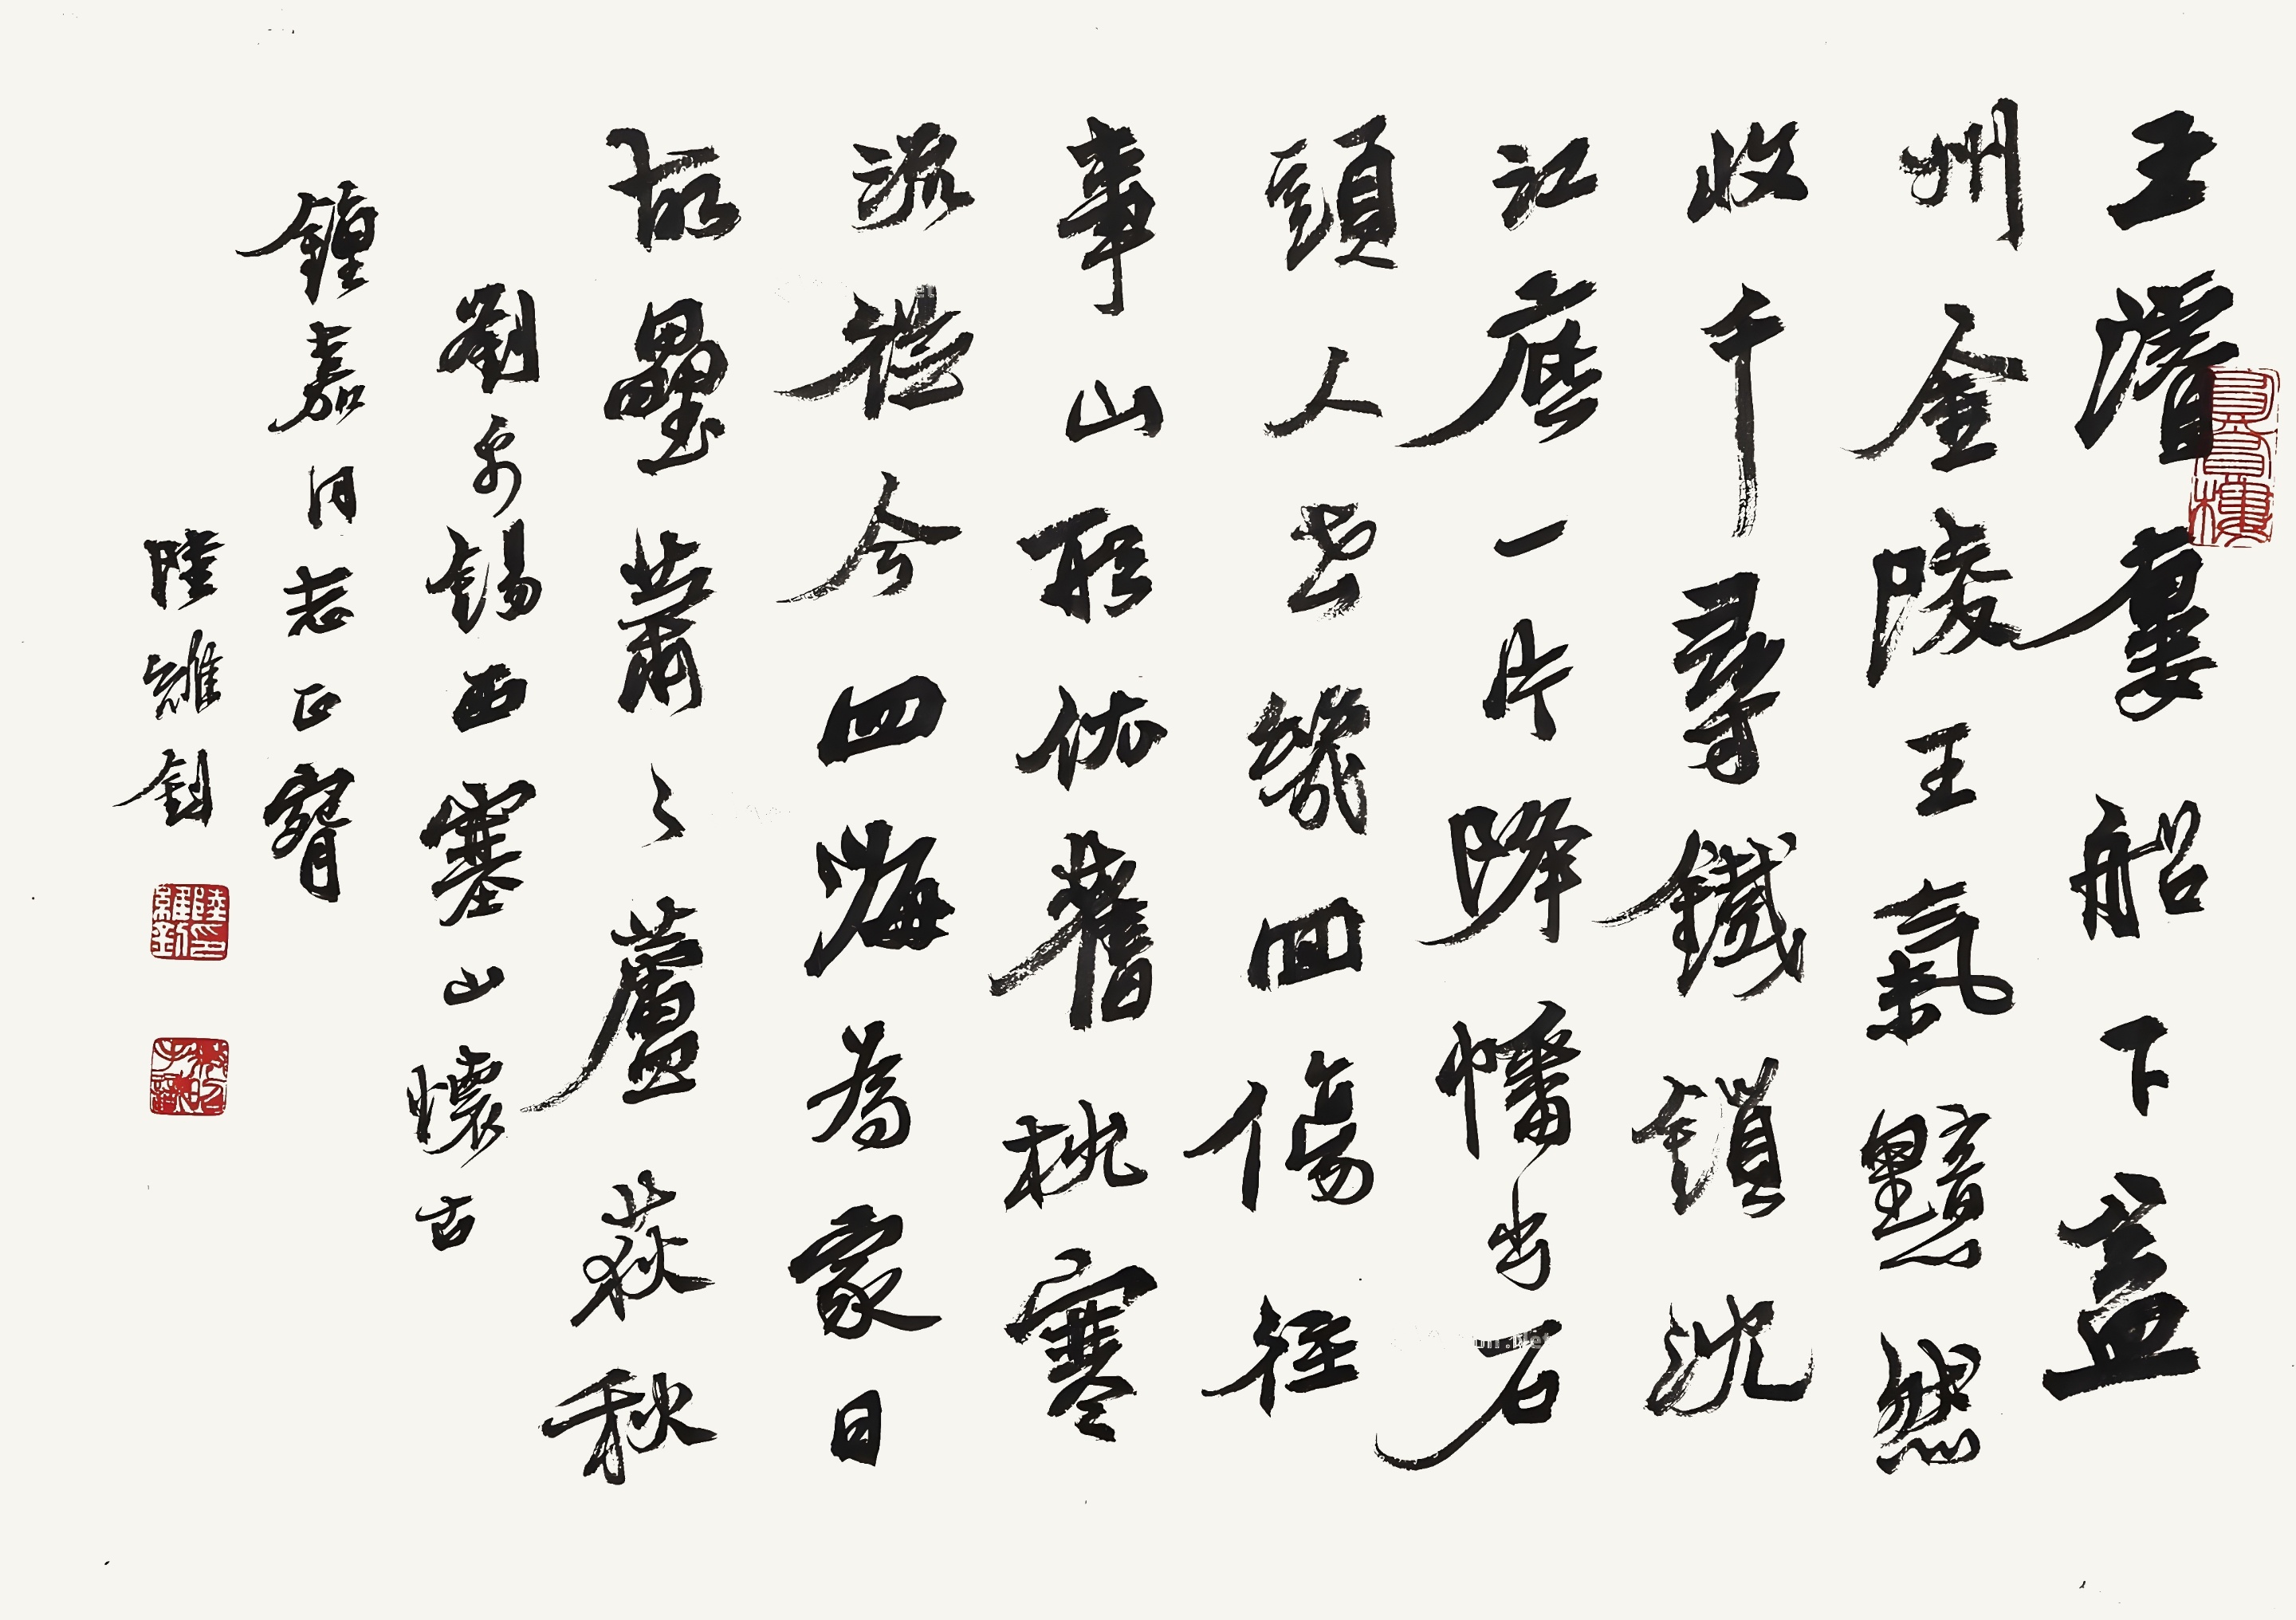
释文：王浚楼船下益州，金陵王气黯然收。千寻铁锁沈江底，一片降幡出石头。人世几回伤往事，山形依旧枕寒流。今逢四海为家日，故垒萧萧芦荻秋。钟嘉同志正腕，陆维钊。